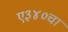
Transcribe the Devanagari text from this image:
ए३४०चा